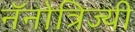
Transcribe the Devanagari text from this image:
नॅनोत्रिज्यी